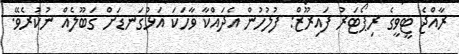
ރާއްޖެ ޓީވީގެ ރިޕޯޓަރު ފައިރޫޒް: ފުލުހުން އެދައްކާ ވާހަކަ އަޅުގަނޑަށް ގަބޫލެއް ނުކުރެވޭ.